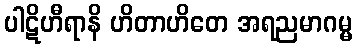
ပါဋိဟီရာနိ ဟိတာဟိတေ အရညမာဂမ္မ